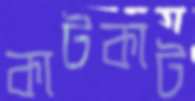
কাটকাট